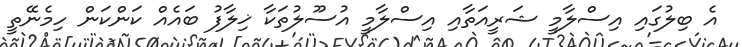
އެ ބިލުގައި އިސްލާމީ ޝަރީއަތާއި އިސްލާމީ އުސޫލުތަކާ ޚިލާފު ބައެއް ކަންކަން ހިމެނޭތީ